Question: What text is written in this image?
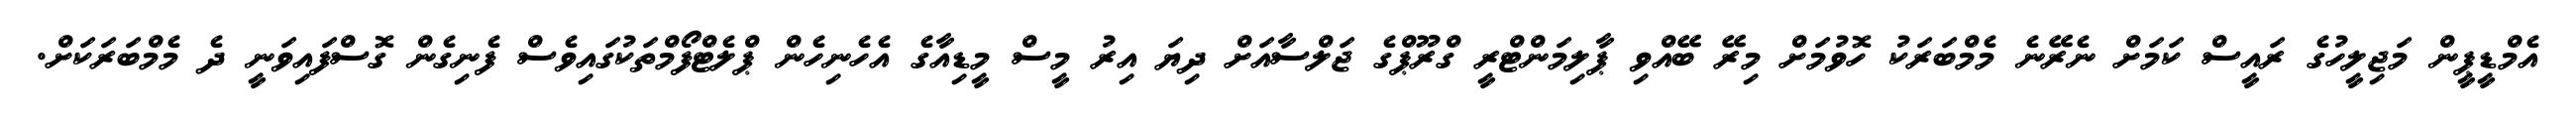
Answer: އެމްޑީޕީން މަޖިލީހުގެ ރައީސް ކަމަށް ނެރޭނެ މެމްބަރަކު ހޮވުމަށް މިރޭ ބޭއްވި ޕާލިމަންޓްރީ ގްރޫޕްގެ ޖަލްސާއަށް ދިޔަ އިރު މީސް މީޑިއާގެ އެހެނިހެން ޕްލެޓްފޯމްތަކުގައިވެސް ފެނިގެން ގޮސްފައިވަނީ ދެ މެމްބަރަކަށް.